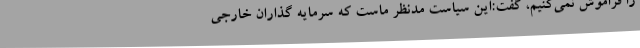
را فراموش نمی‌کنیم، گفت:این سیاست مدنظر ماست که سرمایه گذاران خارجی